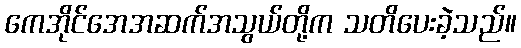
ကေအိုင်အေအဆက်အသွယ်တို့က သတိပေးခဲ့သည်။